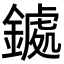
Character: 𮢹